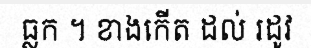
ធ្លក ។ ខាងកើត ដល់ រដូវ